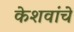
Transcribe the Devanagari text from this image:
केशवांचे